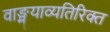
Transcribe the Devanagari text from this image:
वाङ्मयाव्यतिरिक्त